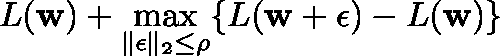
L ( \mathbf { w } ) + \operatorname* { m a x } _ { \| \mathbf { \epsilon } \| _ { 2 } \leq \rho } \{ L ( \mathbf { w } + \mathbf { \epsilon } ) - L ( \mathbf { w } ) \}